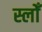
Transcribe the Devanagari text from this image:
स्लोँ